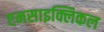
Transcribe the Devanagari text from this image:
एनसाइक्लिकल